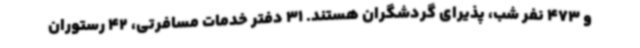
و 473 نفر شب، پذیرای گردشگران هستند. 31 دفتر خدمات مسافرتی، 42 رستوران